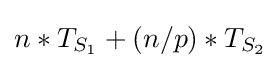
n*T_{S_{1}}+(n/p)*T_{S_{2}}